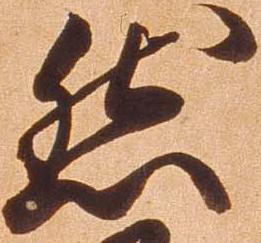
然